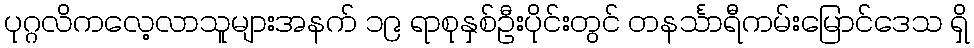
ပုဂ္ဂလိကလေ့လာသူများအနက် ၁၉ ရာစုနှစ်ဦးပိုင်းတွင် တနင်္သာရီကမ်းမြောင်ဒေသ ရှိ